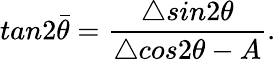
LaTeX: tan2\bar{\theta}=\frac{\triangle sin2\theta}{\triangle cos2\theta-A}.